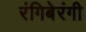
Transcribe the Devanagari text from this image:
रंगिबेरंगी